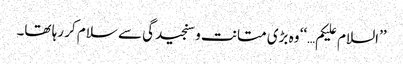
’’السلام علیکم…‘‘ وہ بڑی متانت و سنجیدگی سے سلام کر رہا تھا۔